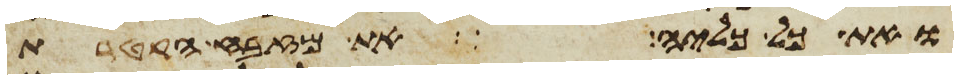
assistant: ואת כל כליה את מזבח הקטרת